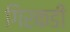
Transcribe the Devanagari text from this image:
गिरकडी